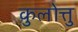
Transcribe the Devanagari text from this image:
कुलोत्तु